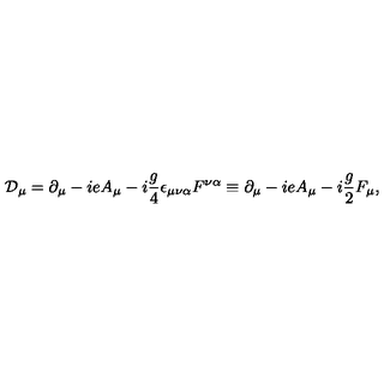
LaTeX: { \cal D } _ { \mu } = \partial _ { \mu } - { i e A _ { \mu } } - i { \frac { g } { 4 } } \epsilon _ { \mu \nu \alpha } F ^ { \nu \alpha } \equiv \partial _ { \mu } - { i e A _ { \mu } } - i { \frac { g } { 2 } } F _ { \mu } ,